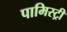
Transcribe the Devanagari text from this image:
पामिस्ट्री